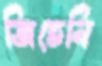
জিতেনি